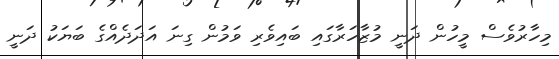
މިހާރުވެސް މީހުން ދަނީ މުޒާހަރާގައި ބައިވެރި ވަމުން ގިނަ އަދަދެއްގެ ބަޔަކު ދަނީ